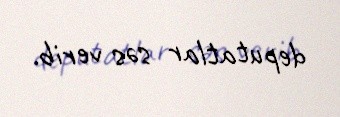
deputatlar səs verib.